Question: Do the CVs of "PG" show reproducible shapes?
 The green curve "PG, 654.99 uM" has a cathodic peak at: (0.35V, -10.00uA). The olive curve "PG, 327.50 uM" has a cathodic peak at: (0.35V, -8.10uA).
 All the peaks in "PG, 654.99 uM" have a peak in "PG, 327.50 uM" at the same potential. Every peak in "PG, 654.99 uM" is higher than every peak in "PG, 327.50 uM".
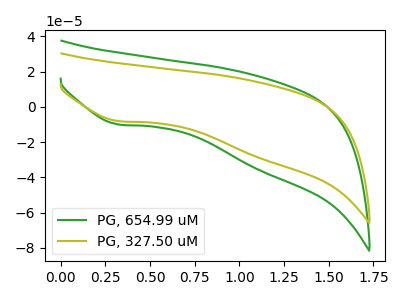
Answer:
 <answer>All the CV's of "PG" have similar shape.</answer>
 <eval>follow_rule</eval>